Senior Leaving Certificate Examination (including Day School Certificate (Higher) General paper), 1949
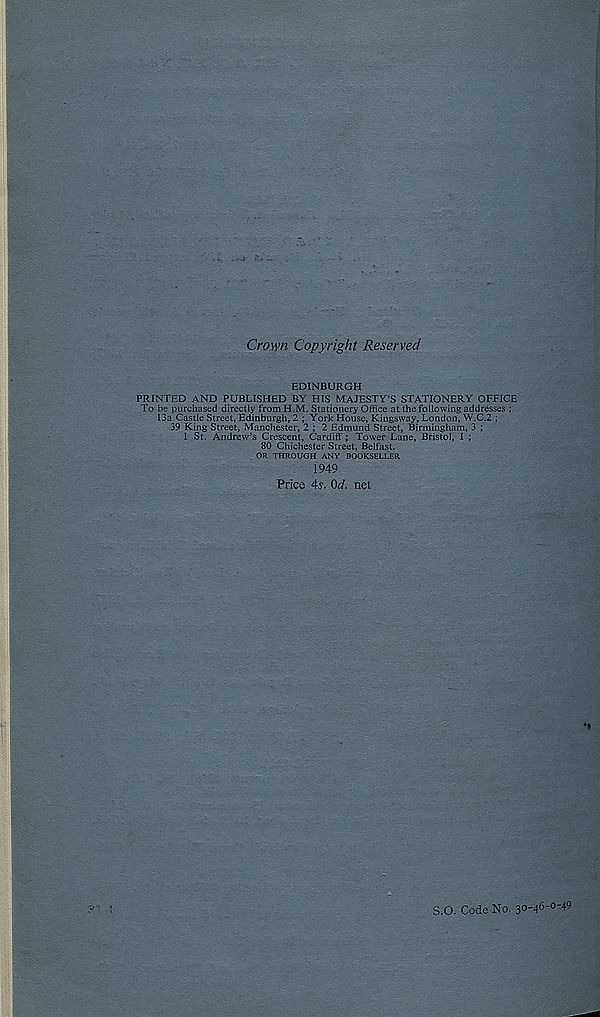
Crown Copyright Reserved
EDINBURGH
PRINTED AND PUBLISHED BY HIS MAJESTY’S STATIONERY OFFICE
To be purchased directly froraH.M. Stationery Office at the following addresses ;
13a Castle Street, Edinburgh, 2 ; York House, Kingsway, London, W.C.2 ;
39 King Street, Manchester, 2 ; 2 Edmund Street, Birmingham, 3 ;
1 St. Andrew’s Crescent, Cardiff; Tower Lane, Bristol, 1 ;
80 Chichester Street, Belfast.
OR THROUGH ANY BOOKSELLER
1949
Price 4s. Od. net
S.O. Code No. 3°'4 6